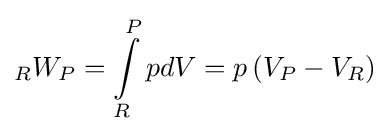
{}_{R}W_{P}=\int \limits _{R}^{P}{pdV}=p\left({V_{P}-V_{R}}\right)